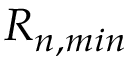
R _ { n , m i n }